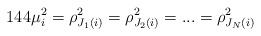
\begin{align*}144 \mu _i^2= \rho_{J_1(i)}^2= \rho_{J_2(i)}^2=...= \rho_{J_N(i)}^2\end{align*}